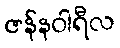
ဇန်နဝါရီလ